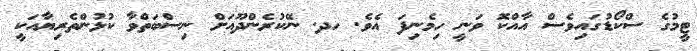
ޓީމުގެ ސްކޯޑުގައިވެސް އާއްކޮ ވަނީ ހިމެނިފަ އެވެ. ހދ. ނޭކުރެންދޫއަށް ނިސްބަތްވާ ކުޅުންތެރިޔާއަކީ